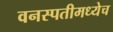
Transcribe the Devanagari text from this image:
वनस्पतीमध्येच